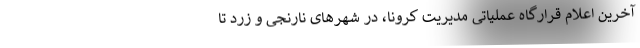
آخرین اعلام قرارگاه عملیاتی مدیریت کرونا، در شهرهای نارنجی و زرد تا